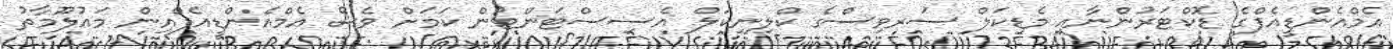
އެމްއެންޑީއެފްގެ ޑޮކްޓަރުންނާއި މެޑިކަލް ސަރވިސްގެ ކްލިނިކަލް އެސިސްޓަންޓުން ކަމަށް ވެސް އެމްއެންޑީއެފްއިން މައުލޫމާތު